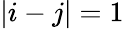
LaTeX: \vert i-j\vert=1